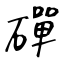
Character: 磾